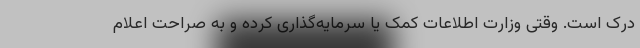
درک است. وقتی وزارت اطلاعات کمک یا سرمایه‌گذاری کرده و به صراحت اعلام